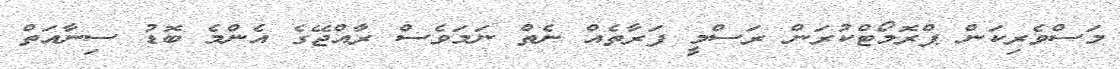
މަސްވެރިކަން ޕްރޮމޯޓްކުރަން ރަސްމީ ފަރާތެއް ނެތް ނަމަވެސް ރާއްޖޭގެ އެންމެ ބޮޑު ސިނާއަތް